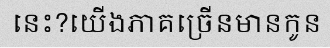
នេះ?យើងភាគច្រើនមានកូន